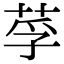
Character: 莩